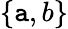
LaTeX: \{ \mathtt{a},b\}